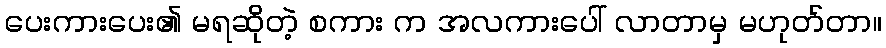
ပေးကားပေး၏ မရဆိုတဲ့ စကား က အလကားပေါ် လာတာမှ မဟုတ်တာ။